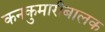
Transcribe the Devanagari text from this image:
कनकुमारीबालक